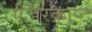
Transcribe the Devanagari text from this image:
एअरक्राप्ट